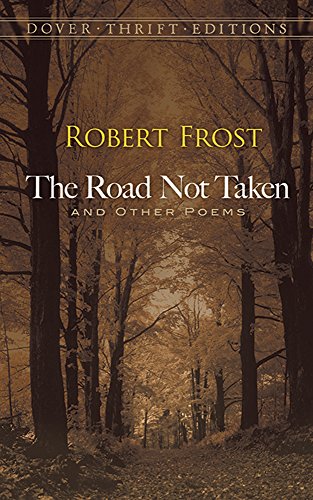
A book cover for The Road Not Taken and Other Poems (Dover Thrift Editions); Robert Frost; Literature & Fiction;